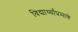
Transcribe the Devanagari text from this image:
विद्यार्थ्यांप्रमाणे